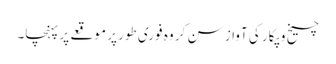
چیخ و پکار کی آواز سن کر وہ فوری طور پر موقعے پر پہنچا۔